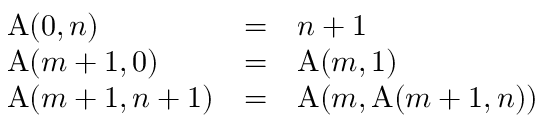
\begin{array} { l c l } { \operatorname { A } ( 0 , n ) } & { = } & { n + 1 } \\ { \operatorname { A } ( m + 1 , 0 ) } & { = } & { \operatorname { A } ( m , 1 ) } \\ { \operatorname { A } ( m + 1 , n + 1 ) } & { = } & { \operatorname { A } ( m , \operatorname { A } ( m + 1 , n ) ) } \end{array}